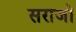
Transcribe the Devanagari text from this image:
सराजो